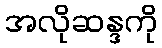
အလိုဆန္ဒကို